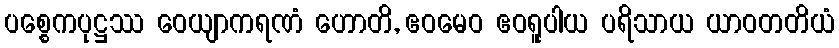
ပစ္စေကပုဋ္ဌဿ ဝေယျာကရဏံ ဟောတိ, ဧဝမေဝ ဧဝရူပါယ ပရိသာယ ယာဝတတိယံ